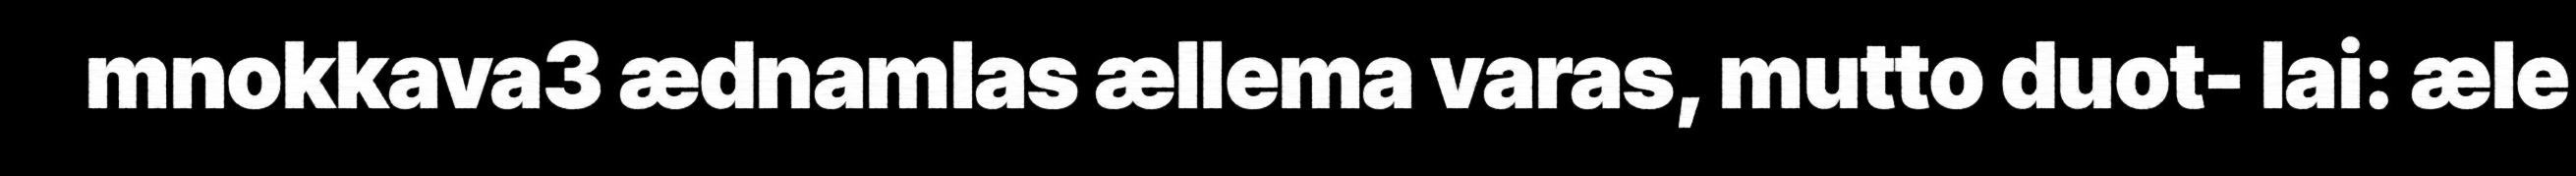
mnokkava3 ædnamlas ællema varas, mutto duot- lai: æle